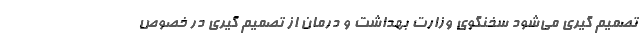
تصمیم گیری می‌شود سخنگوی وزارت بهداشت و درمان از تصمیم گیری در خصوص